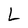
Character: L